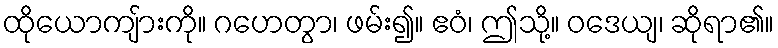
ထိုယောကျ်ားကို။ ဂဟေတွာ၊ ဖမ်း၍။ ဧဝံ၊ ဤသို့။ ဝဒေယျ၊ ဆိုရာ၏။